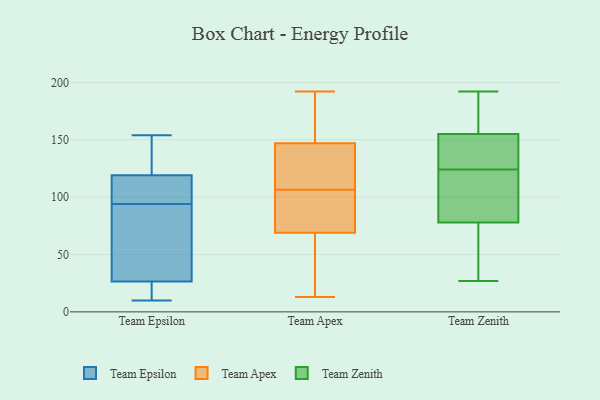
{"axis": {"x": "Active Users", "y": "Value"}, "legend": ["Team Apex", "Team Epsilon", "Team Zenith"], "data": [{"x": "", "y": 73, "type": "Team Epsilon"}, {"x": "", "y": 12, "type": "Team Epsilon"}, {"x": "", "y": 106, "type": "Team Epsilon"}, {"x": "", "y": 98, "type": "Team Epsilon"}, {"x": "", "y": 154, "type": "Team Epsilon"}, {"x": "", "y": 90, "type": "Team Epsilon"}, {"x": "", "y": 30, "type": "Team Epsilon"}, {"x": "", "y": 23, "type": "Team Epsilon"}, {"x": "", "y": 153, "type": "Team Epsilon"}, {"x": "", "y": 10, "type": "Team Epsilon"}, {"x": "", "y": 125, "type": "Team Epsilon"}, {"x": "", "y": 113, "type": "Team Epsilon"}, {"x": "", "y": 139, "type": "Team Apex"}, {"x": "", "y": 57, "type": "Team Apex"}, {"x": "", "y": 85, "type": "Team Apex"}, {"x": "", "y": 72, "type": "Team Apex"}, {"x": "", "y": 13, "type": "Team Apex"}, {"x": "", "y": 101, "type": "Team Apex"}, {"x": "", "y": 144, "type": "Team Apex"}, {"x": "", "y": 40, "type": "Team Apex"}, {"x": "", "y": 112, "type": "Team Apex"}, {"x": "", "y": 157, "type": "Team Apex"}, {"x": "", "y": 147, "type": "Team Apex"}, {"x": "", "y": 192, "type": "Team Apex"}, {"x": "", "y": 69, "type": "Team Apex"}, {"x": "", "y": 179, "type": "Team Apex"}, {"x": "", "y": 112, "type": "Team Zenith"}, {"x": "", "y": 72, "type": "Team Zenith"}, {"x": "", "y": 148, "type": "Team Zenith"}, {"x": "", "y": 59, "type": "Team Zenith"}, {"x": "", "y": 154, "type": "Team Zenith"}, {"x": "", "y": 78, "type": "Team Zenith"}, {"x": "", "y": 155, "type": "Team Zenith"}, {"x": "", "y": 89, "type": "Team Zenith"}, {"x": "", "y": 96, "type": "Team Zenith"}, {"x": "", "y": 155, "type": "Team Zenith"}, {"x": "", "y": 175, "type": "Team Zenith"}, {"x": "", "y": 192, "type": "Team Zenith"}, {"x": "", "y": 27, "type": "Team Zenith"}, {"x": "", "y": 125, "type": "Team Zenith"}, {"x": "", "y": 123, "type": "Team Zenith"}, {"x": "", "y": 182, "type": "Team Zenith"}, {"x": "", "y": 177, "type": "Team Zenith"}, {"x": "", "y": 37, "type": "Team Zenith"}]}